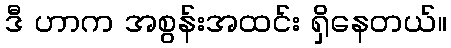
ဒီ ဟာက အစွန်းအထင်း ရှိနေတယ်။